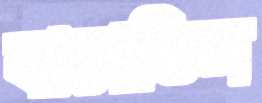
যাচাতিস